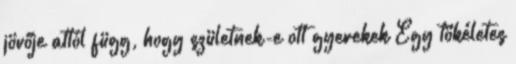
jövője attól függ, hogy születnek-e ott gyerekek Egy tökéletes